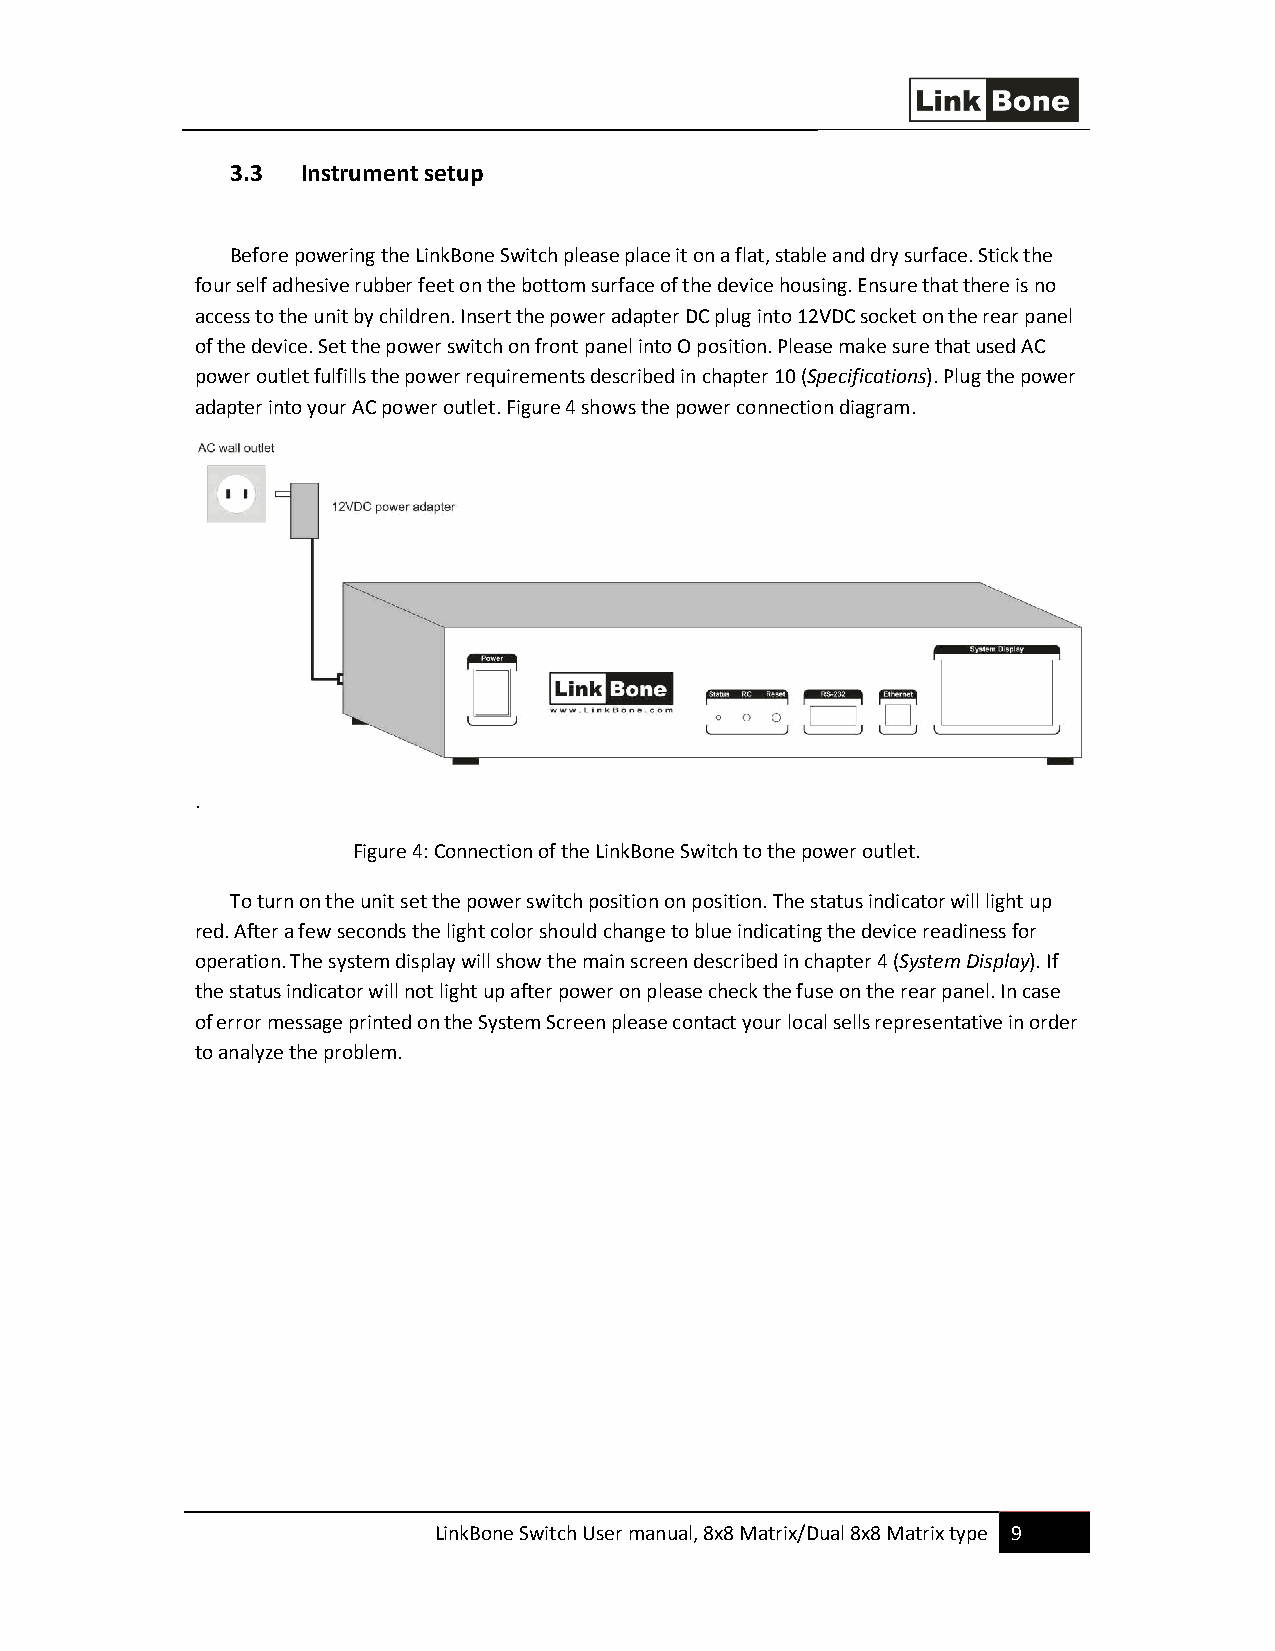
3.3  Instrument setup
 Before powering the LinkBone Switch please place it on a flat, stable and dry surface. Stick the
 four self adhesive rubber feet on the bottom surface of the device housing. Ensure that there is no
 access to the unit by children. Insert the power adapter DC plug into 12VDC socket on the rear panel
 of the device. Set the power switch on front panel into O position. Please make sure that used AC
 power outlet fulfills the power requirements described in chapter 10 (Specifications). Plug the power
 adapter into your AC power outlet. Figure 4 shows the power connection diagram.
 .
 Figure 4: Connection of the LinkBone Switch to the power outlet.
 To turn on the unit set the power switch position on position. The status indicator will light up
 red. After a few seconds the light color should change to blue indicating the device readiness for
 operation. The system display will show the main screen described in chapter 4 (System Display). If
 the status indicator will not light up after power on please check the fuse on the rear panel. In case
 of error message printed on the System Screen please contact your local sells representative in order
 to analyze the problem.
 LinkBone Switch User manual, 8x8 Matrix/Dual 8x8 Matrix type 9